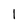
Character: 1